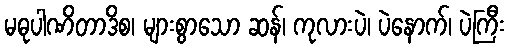
မဓုပါဏိတာဒိစ၊ များစွာသော ဆန်၊ ကုလားပဲ၊ ပဲနောက်၊ ပဲကြီး